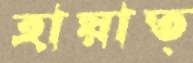
হায়াত্